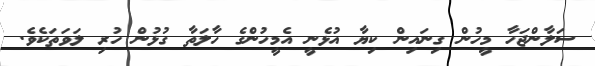
ސަލާންޖަހާ މީހުން ގިނައިން ކިޔާ އުޅެނީ އެމީހުންގެ ހާލަތާ ގުޅުން ހުރި ލަވަތަކެވެ.